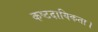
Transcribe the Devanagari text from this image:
कष्टदायिकता।